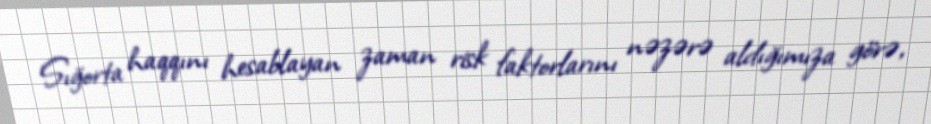
Sığorta haqqını hesablayan zaman risk faktorlarını nəzərə aldığımıza görə,